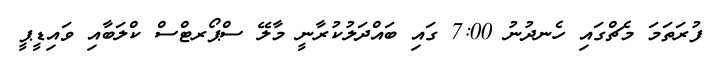
ފުރަތަމަ މެޗްގައި ހެނދުނު 7:00 ގައި ބައްދަލުކުރާނީ މާލޭ ސްޕޯރޓްސް ކްލަބާއި ވައިޑީޕީ